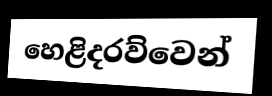
හෙළිදරව්වෙන්